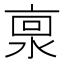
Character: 𰜊